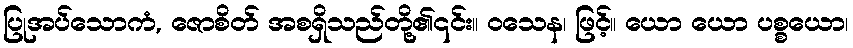
ပြုအပ်သောကံ, ဇောစိတ် အစရှိသည်တို့၏၎င်း။ ဝသေန၊ ဖြင့်။ ယော ယော ပစ္စယော၊